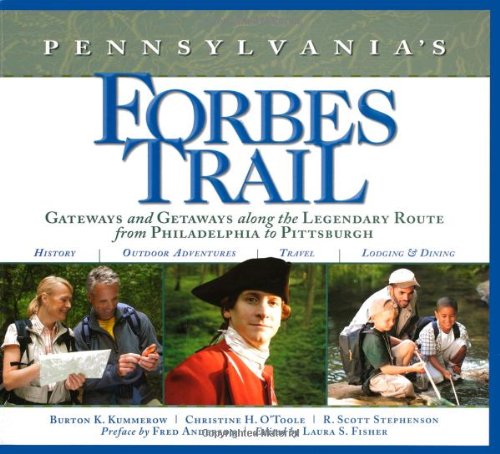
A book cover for Pennsylvania's Forbes Trail: Gateways and Getaways along the Legendary Route from Philadelphia to Pittsburgh; Burton K. Kummerow; Travel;